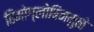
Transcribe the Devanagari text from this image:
हिमोग्लोबिनमुळे